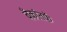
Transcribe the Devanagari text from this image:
बँकांतर्फे